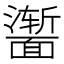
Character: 𬰣